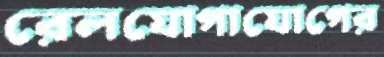
রেলযোগাযোগের